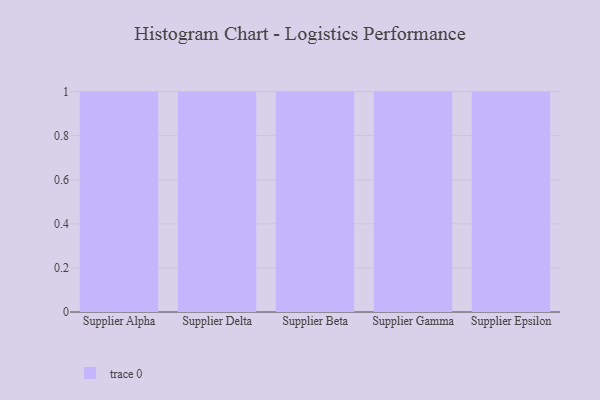
{"axis": {"x": "Supplier", "y": "Website Visitors"}, "legend": [""], "data": [{"x": "Supplier Alpha", "y": 1, "type": ""}, {"x": "Supplier Delta", "y": 54, "type": ""}, {"x": "Supplier Beta", "y": 36, "type": ""}, {"x": "Supplier Gamma", "y": 41, "type": ""}, {"x": "Supplier Epsilon", "y": 34, "type": ""}]}